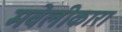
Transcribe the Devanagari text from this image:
मवेलीकारा